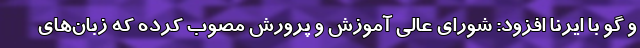
و گو با ایرنا افزود: شورای عالی آموزش و پرورش مصوب کرده که زبان‌های